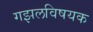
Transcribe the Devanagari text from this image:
गझलविषयक